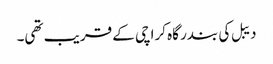
دیبل کی بندر گاہ کراچی کے قریب تھی۔